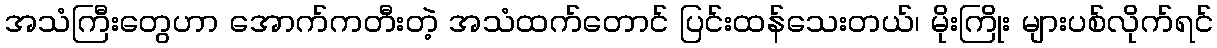
အသံကြီးတွေဟာ အောက်ကတီးတဲ့ အသံထက်တောင် ပြင်းထန်သေးတယ်၊ မိုးကြိုး များပစ်လိုက်ရင်